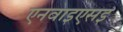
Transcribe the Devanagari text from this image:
एनवाइएसइ